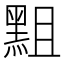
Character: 𪐵